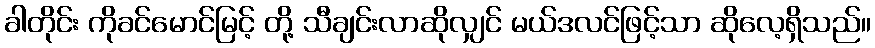
ခါတိုင်း ကိုခင်မောင်မြင့် တို့ သီချင်းလာဆိုလျှင် မယ်ဒလင်ဖြင့်သာ ဆိုလေ့ရှိသည်။